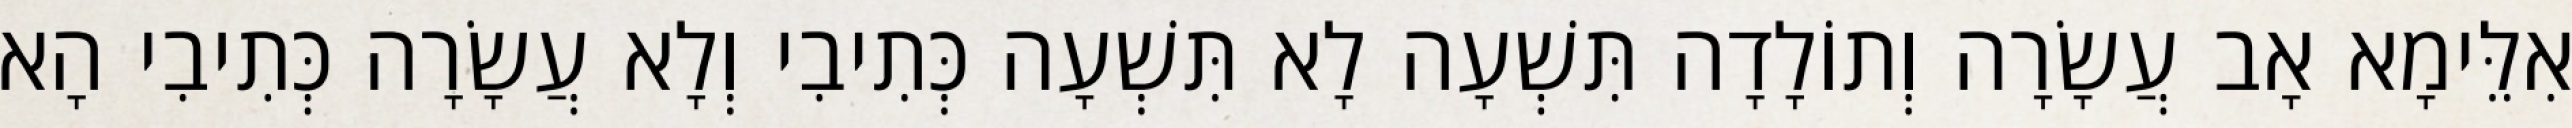
אִלֵּימָא אָב עֲשָׂרָה וְתוֹלָדָה תִּשְׁעָה לָא תִּשְׁעָה כְּתִיבִי וְלָא עֲשָׂרָה כְּתִיבִי הָא